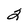
Character: 2